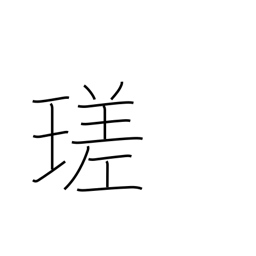
Meaning: brilliant white luster of a gem